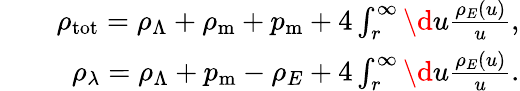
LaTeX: \begin{array}{rlr}&{}&{\rho_{\mathrm{tot}}=\rho_{\Lambda}+\rho_{\mathrm{m}}+p_{\mathrm{m}}+4\int_{r}^{\infty}\d u\frac{\rho_{E}(u)}{u},}\\ &{}&{\rho_{\lambda}=\rho_{\Lambda}+p_{\mathrm{m}}-\rho_{E}+4\int_{r}^{\infty}\d u\frac{\rho_{E}(u)}{u}.}\end{array}